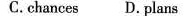
C.chances D.plans